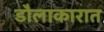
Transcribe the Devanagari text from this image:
डौलाकारात